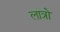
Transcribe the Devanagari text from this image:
लात्रो